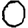
Digit: 0